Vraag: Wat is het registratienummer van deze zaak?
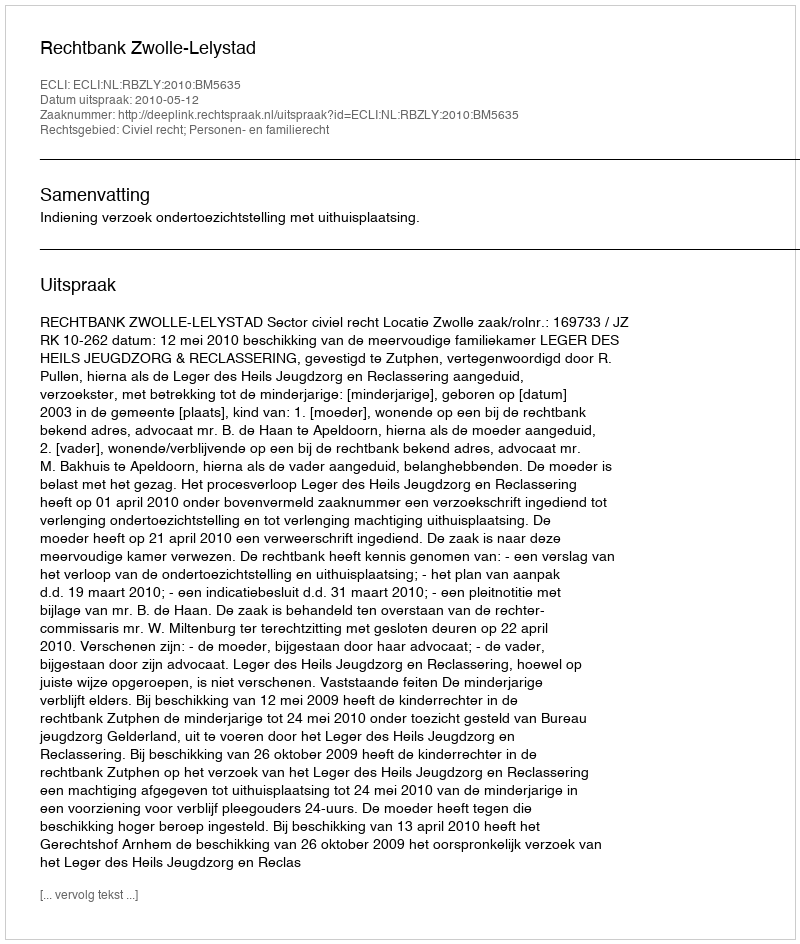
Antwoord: http://deeplink.rechtspraak.nl/uitspraak?id=ECLI:NL:RBZLY:2010:BM5635